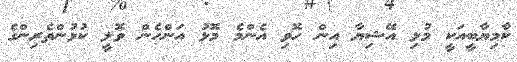
ކާމިޔާބީއަކީ މުޅި އޭޝިޔާ އިން ހޮވި އެންމެ މޮޅު އަންހެން ވޮލީ ކުޅުންތެރިންގެ